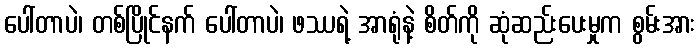
ပေါ်တာပဲ၊ တစ်ပြိုင်နက် ပေါ်တာပဲ၊ ဖဿရဲ့ အာရုံနဲ့ စိတ်ကို ဆုံဆည်းပေးမှုက စွမ်းအား